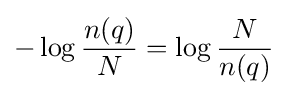
-\log {\frac {n(q)}{N}}=\log {\frac {N}{n(q)}}